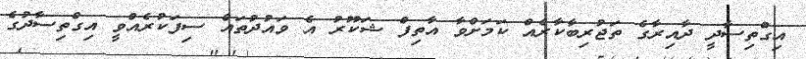
އިގްތިސާދީ ދާއިރާގެ ތަޖުރިބާކާރެއް ކަމަށްވާ އާތިފް ޝަކޫރު އެ ވައުދުތައް ސިފަކުރެއްވީ އިގްތިސާދުގެ